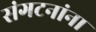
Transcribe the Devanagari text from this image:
संगटनांना